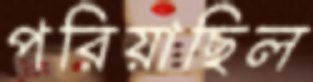
পরিয়াছিল